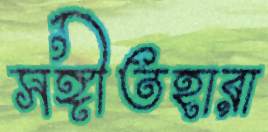
সঙ্গীতহারা